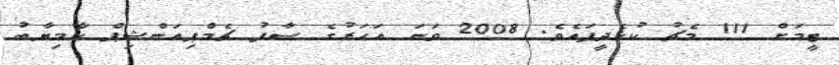
ޓީމަށް 111 މެޗު ކުޅެދީފައެވެ. 2008 ވަނަ އަހަރުގެ ސާފު ޗެމްޕިއަންޝިޕް ކާމިޔާބު